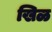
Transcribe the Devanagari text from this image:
खिळ